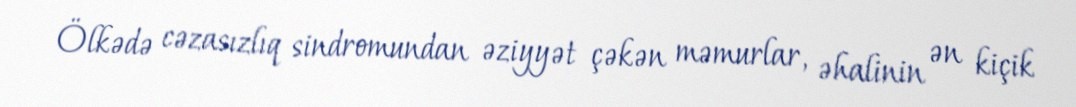
Ölkədə cəzasızlıq sindromundan əziyyət çəkən məmurlar, əhalinin ən kiçik